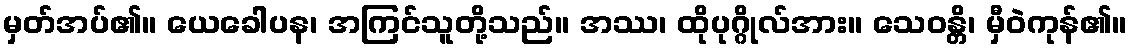
မှတ်အပ်၏။ ယေခေါပန၊ အကြင်သူတို့သည်။ အဿ၊ ထိုပုဂ္ဂိုလ်အား။ သေဝန္တိ၊ မှီဝဲကုန်၏။